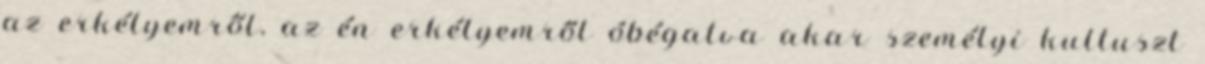
az erkélyemről, az én erkélyemről óbégatva akar személyi kultuszt